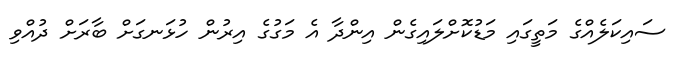
ސައިކަލެއްގެ މަތީގައި މަޑުކޮށްލައިގެން އިންދާ އެ މަގުގެ އިރުން ހުޅަނގަށް ބާރަށް ދުއްވި